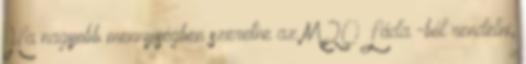
Ha nagyobb mennyiségben szeretne az M20 Láda -ból rendelni,